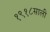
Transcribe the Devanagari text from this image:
१९१८साली